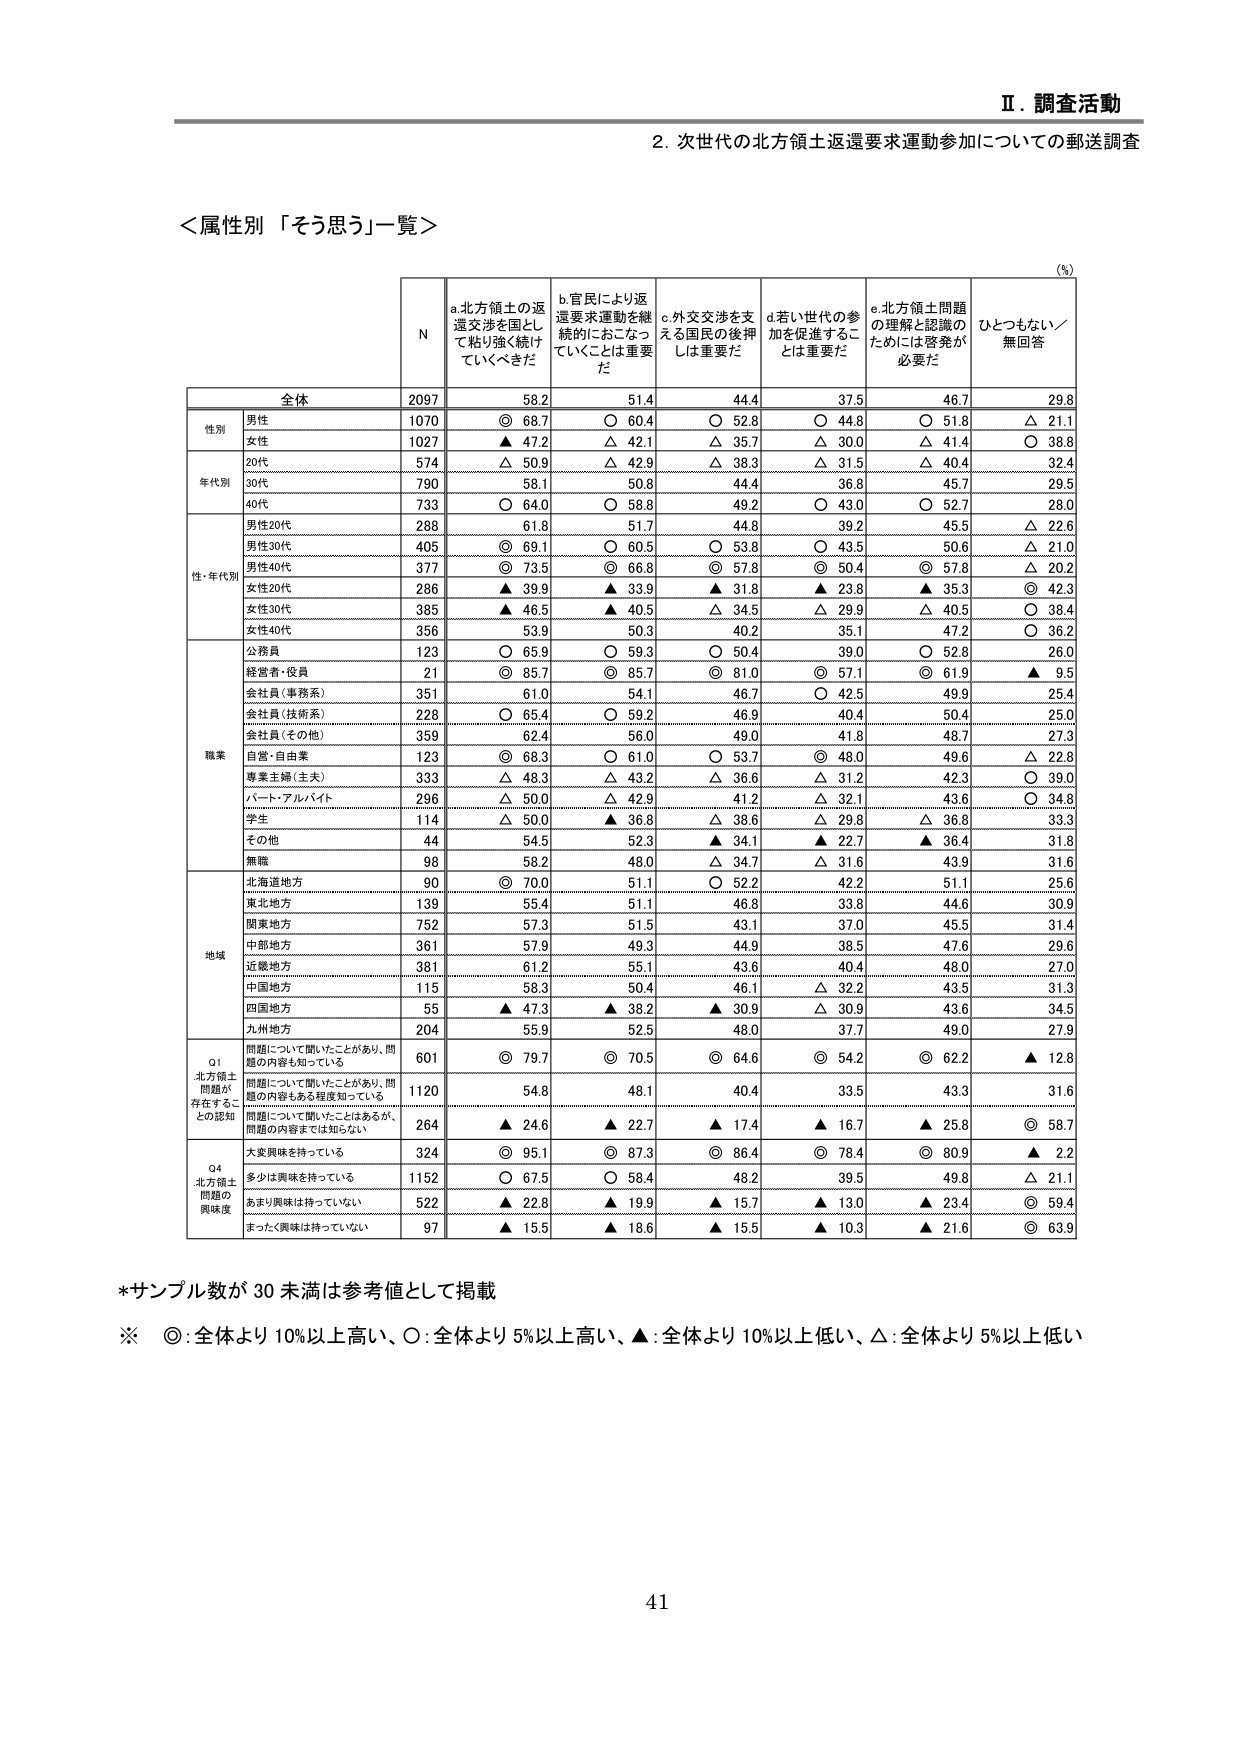
Ⅱ．調査活動
2．次世代の北方領土返還要求運動参加についての郵送調査

＜属性別「そう思う」一覧＞

(%)

| | N | a.北方領土の返還交渉を国として粘り強く続けていくべきだ | b.官民により返還要求運動を継続的におこなっていくことは重要だ | c.外交交渉を支える国民の後押しは重要だ | d.若い世代の参加を促進することは重要だ | e.北方領土問題の理解と認識のためには啓発が必要だ | ひとつもなし／無回答 |
|---|---|---|---|---|---|---|---|
| **全体** | 2097 | 58.2 | 51.4 | 44.4 | 37.5 | 46.7 | 29.8 |
| **性別** | | | | | | | |
| 男性 | 1070 | ◎ 68.7 | ○ 60.4 | ○ 52.8 | ○ 44.8 | ○ 51.8 | △ 21.1 |
| 女性 | 1027 | ▲ 47.2 | △ 42.1 | △ 35.7 | △ 30.0 | △ 41.4 | ○ 38.8 |
| **年代別** | | | | | | | |
| 20代 | 574 | △ 50.9 | △ 42.9 | △ 38.3 | △ 31.5 | △ 40.4 | 32.4 |
| 30代 | 790 | 58.1 | 50.8 | 44.4 | 36.8 | 45.7 | 29.5 |
| 40代 | 733 | ○ 64.0 | ○ 58.8 | 49.2 | ○ 43.0 | ○ 52.7 | 28.0 |
| **性・年代別** | | | | | | | |
| 男性20代 | 288 | 61.8 | 51.7 | 44.8 | 39.2 | 45.5 | △ 22.6 |
| 男性30代 | 405 | ◎ 69.1 | ○ 60.5 | ○ 53.8 | ○ 43.5 | 50.6 | △ 21.0 |
| 男性40代 | 377 | ◎ 73.5 | ◎ 66.8 | ◎ 57.8 | ◎ 50.4 | ◎ 57.8 | △ 20.2 |
| 女性20代 | 286 | ▲ 39.9 | ▲ 33.9 | ▲ 31.8 | ▲ 23.8 | ▲ 35.3 | ◎ 42.3 |
| 女性30代 | 385 | ▲ 46.5 | ▲ 40.5 | △ 34.5 | △ 29.9 | △ 40.5 | ○ 38.4 |
| 女性40代 | 356 | 53.9 | 50.3 | 40.2 | 35.1 | 47.2 | ○ 36.2 |
| **職業** | | | | | | | |
| 公務員 | 123 | ○ 65.9 | ○ 59.3 | ○ 50.4 | 39.0 | ○ 52.8 | 26.0 |
| 経営者・役員 | 21 | ◎ 85.7 | ◎ 85.7 | ◎ 81.0 | ◎ 57.1 | ◎ 61.9 | ▲ 9.5 |
| 会社員（事務系） | 351 | 61.0 | 54.1 | 46.7 | ○ 42.5 | 49.9 | 25.4 |
| 会社員（技術系） | 228 | ○ 65.4 | ○ 59.2 | 46.9 | 40.4 | 50.4 | 25.0 |
| 会社員（その他） | 359 | 62.4 | 56.0 | 49.0 | 41.8 | 48.7 | 27.3 |
| 自営・自由業 | 123 | ◎ 68.3 | ○ 61.0 | ○ 53.7 | ◎ 48.0 | 49.6 | △ 22.8 |
| 専業主婦（主夫） | 333 | △ 48.3 | △ 43.2 | △ 36.6 | △ 31.2 | 42.3 | ○ 39.0 |
| パート・アルバイト | 296 | △ 50.0 | △ 42.9 | 41.2 | △ 32.1 | 43.6 | ○ 34.8 |
| 学生 | 114 | △ 50.0 | ▲ 36.8 | △ 38.6 | △ 29.8 | △ 36.8 | 33.3 |
| その他 | 44 | 54.5 | 52.3 | ▲ 34.1 | ▲ 22.7 | ▲ 36.4 | 31.8 |
| 無職 | 98 | 58.2 | 48.0 | △ 34.7 | △ 31.6 | 43.9 | 31.6 |
| **地域** | | | | | | | |
| 北海道地方 | 90 | ◎ 70.0 | 51.1 | ○ 52.2 | 42.2 | 51.1 | 25.6 |
| 東北地方 | 139 | 55.4 | 51.1 | 46.8 | 33.8 | 44.6 | 30.9 |
| 関東地方 | 752 | 57.3 | 51.5 | 43.1 | 37.0 | 45.5 | 31.4 |
| 中部地方 | 361 | 57.9 | 49.3 | 44.9 | 38.5 | 47.6 | 29.6 |
| 近畿地方 | 381 | 61.2 | 55.1 | 43.6 | 40.4 | 48.0 | 27.0 |
| 中国地方 | 115 | 58.3 | 50.4 | 46.1 | △ 32.2 | 43.5 | 31.3 |
| 四国地方 | 55 | ▲ 47.3 | ▲ 38.2 | ▲ 30.9 | △ 30.9 | 43.6 | 34.5 |
| 九州地方 | 204 | 55.9 | 52.5 | 48.0 | 37.7 | 49.0 | 27.9 |
| **Q1 北方領土問題が存在することの認知** | | | | | | | |
| 問題について聞いたことがあり、問題の内容も知っている | 601 | ◎ 79.7 | ◎ 70.5 | ◎ 64.6 | ◎ 54.2 | ◎ 62.2 | ▲ 12.8 |
| 問題について聞いたことがあり、問題の内容もある程度知っている | 1120 | 54.8 | 48.1 | 40.4 | 33.5 | 43.3 | 31.6 |
| 問題について聞いたことはあるが、問題の内容までは知らない | 264 | ▲ 24.6 | ▲ 22.7 | ▲ 17.4 | ▲ 16.7 | ▲ 25.8 | ◎ 58.7 |
| **Q4 北方領土問題の興味度** | | | | | | | |
| 大変興味を持っている | 324 | ◎ 95.1 | ◎ 87.3 | ◎ 86.4 | ◎ 78.4 | ◎ 80.9 | ▲ 2.2 |
| 多少は興味を持っている | 1152 | ○ 67.5 | ○ 58.4 | 48.2 | 39.5 | 49.8 | △ 21.1 |
| あまり興味は持っていない | 522 | ▲ 22.8 | ▲ 19.9 | ▲ 15.7 | ▲ 13.0 | ▲ 23.4 | ◎ 59.4 |
| まったく興味は持っていない | 97 | ▲ 15.5 | ▲ 18.6 | ▲ 15.5 | ▲ 10.3 | ▲ 21.6 | ◎ 63.9 |

*サンプル数が30未満は参考値として掲載
※ ◎：全体より10%以上高い、○：全体より5%以上高い、▲：全体より10%以上低い、△：全体より5%以上低い

41